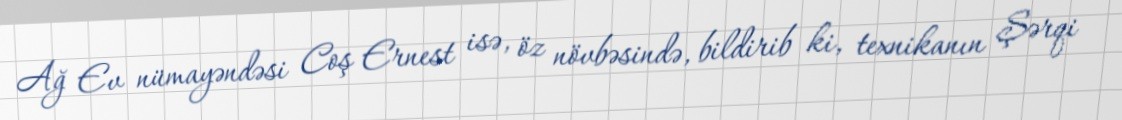
Ağ Ev nümayəndəsi Coş Ernest isə, öz növbəsində, bildirib ki, texnikanın Şərqi